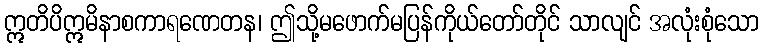
ဣတိပိဣမိနာစကာရဏေတန၊ ဤသို့မဖောက်မပြန်ကိုယ်တော်တိုင် သာလျင် အလုံးစုံသော